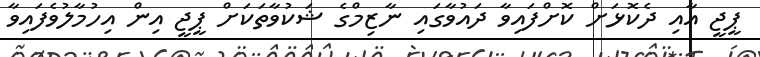
ޕީޖީ އާއި ދެކޮޅަށް ކޮށްފައިވާ ދައުވާގައި ނާޒިމްގެ ޝަކުވާތަކަށް ޕީޖީ އިން އިހުމާލުވެފައިވާ